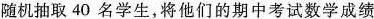
随机抽取40名学生，将他们的期中考试数学成绩